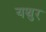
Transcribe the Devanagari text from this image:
यथुर